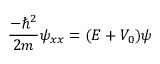
{ \frac { - \hbar ^ { 2 } } { 2 m } } \psi _ { x x } = ( E + V _ { 0 } ) \psi